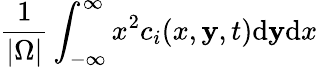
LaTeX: \frac{1}{|\Omega|}\int_{-\infty}^{\infty}x^{2}c_{i}(x,\mathbf{y},t)\mathrm{d}\mathbf{y}\mathrm{d}x